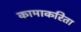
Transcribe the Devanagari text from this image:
कामाकरिता